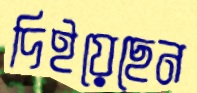
দিইয়েছেন